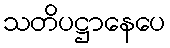
သတိပဋ္ဌာနေပေ